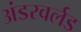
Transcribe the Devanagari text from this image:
अंडरवर्लड